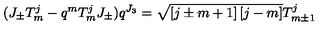
( J _ { \pm } T _ { m } ^ { j } - q ^ { m } T _ { m } ^ { j } J _ { \pm } ) q ^ { J _ { 3 } } = \sqrt { \left[ j \pm m + 1 \right] \left[ j - m \right] } T _ { m \pm 1 } ^ { j }